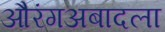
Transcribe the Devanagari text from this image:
औरंगअबादला